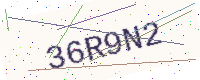
Text: 36R9N2